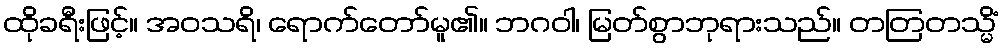
ထိုခရီးဖြင့်။ အဝသရိ၊ ရောက်တော်မူ၏။ ဘဂဝါ၊ မြတ်စွာဘုရားသည်။ တတြတသ္မိံ